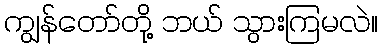
ကျွန်တော်တို့ ဘယ် သွားကြမလဲ။